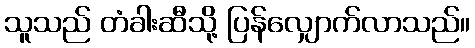
သူသည် တံခါးဆီသို့ ပြန်လျှောက်လာသည်။